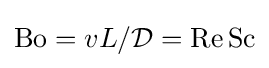
\mathrm {Bo} =vL/{\mathcal {D}}=\mathrm {Re} \,\mathrm {Sc}